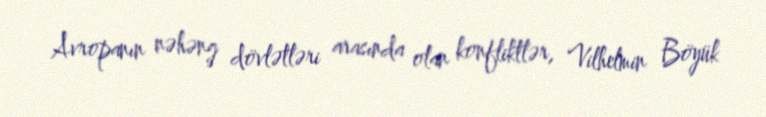
Avropanın nəhəng dövlətləri arasında olan konfliktlər, Vilhelmin Böyük